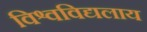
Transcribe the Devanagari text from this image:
विश्वविद्यलाय